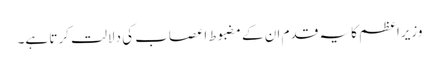
وزیراعظم کا یہ قدم ان کے مضبوط اعصاب کی دلالت کرتا ہے۔